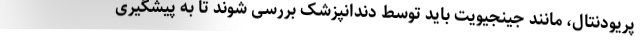
پریودنتال، مانند جینجیویت باید توسط دندانپزشک بررسی شوند تا به پیشگیری